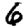
Digit: 6